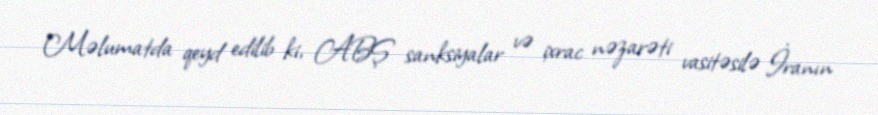
Məlumatda qeyd edilib ki, ABŞ sanksiyalar və ixrac nəzarəti vasitəsilə İranın